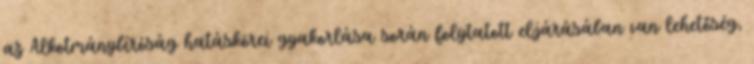
az Alkotmánybíróság hatáskörei gyakorlása során folytatott eljárásában van lehetőség,